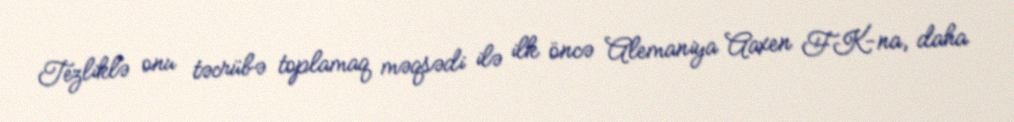
Tezliklə onu təcrübə toplamaq məqsədi ilə ilk öncə Alemaniya Aaxen FK-na, daha